Punjab Mental Hospital Lahore 1932-46 - 1932-1946
Year: 1932
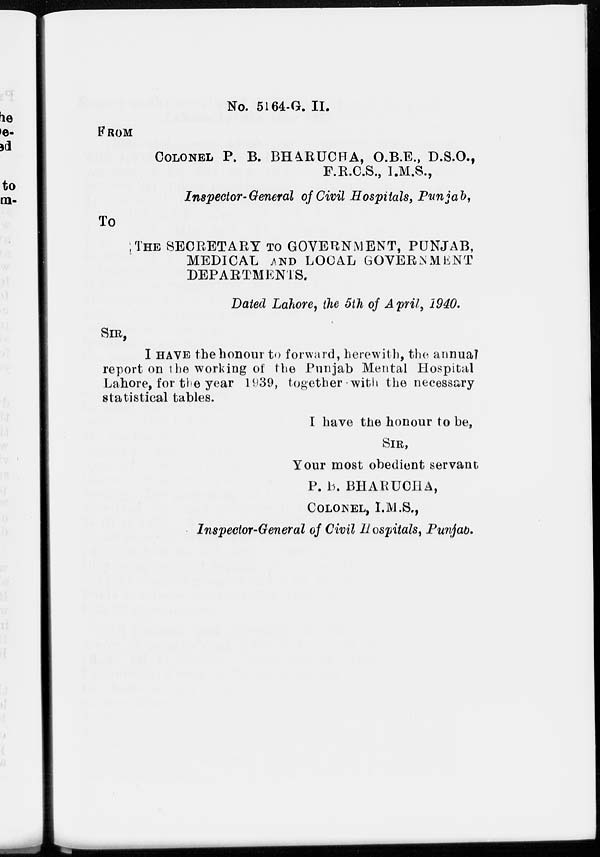
No. 5164-G. II.
FROM
COLONEL P. B. BHARUCHA, O.B.E., D.S.O.,
F.R.C.S., I.M.S.,
Inspector-General of Civil Hospitals, Punjab,
TO
THE SECRETARY TO GOVERNMENT, PUNJAB,
MEDICAL AND LOCAL GOVERNMENT
DEPARTMENTS.
Dated Lahore, the 5th of April, 1940.
SIR,
I HAVE the honour to forward, herewith, the annual
report on the working of the Punjab Mental Hospital
Lahore, for the year 1939, together with the necessary
statistical tables.
I have the honour to be,
SIR,
Your most obedient servant
P. B. BHARUCHA,
COLONEL, I.M.S.,
Inspector-General of Civil Hospitals, Punjab.